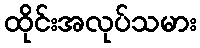
ထိုင်းအလုပ်သမား